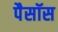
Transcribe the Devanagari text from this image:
पैसॉस